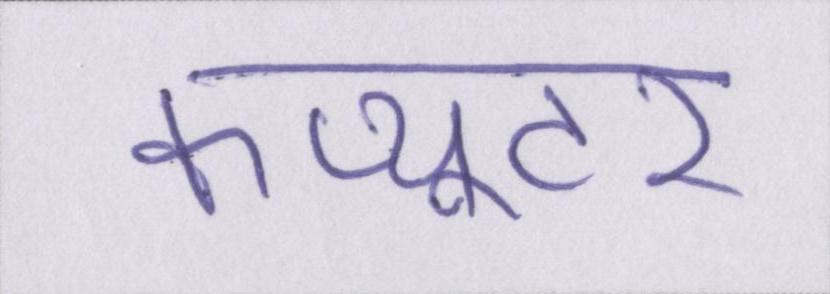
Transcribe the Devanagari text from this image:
कंप्यूटर